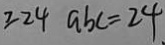
\geq 2 4 a b c = 2 4 .